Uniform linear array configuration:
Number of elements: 12
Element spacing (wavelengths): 1
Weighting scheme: kaiser
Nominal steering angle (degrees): -30
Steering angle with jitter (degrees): -30.558
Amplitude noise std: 0.05
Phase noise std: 0.05

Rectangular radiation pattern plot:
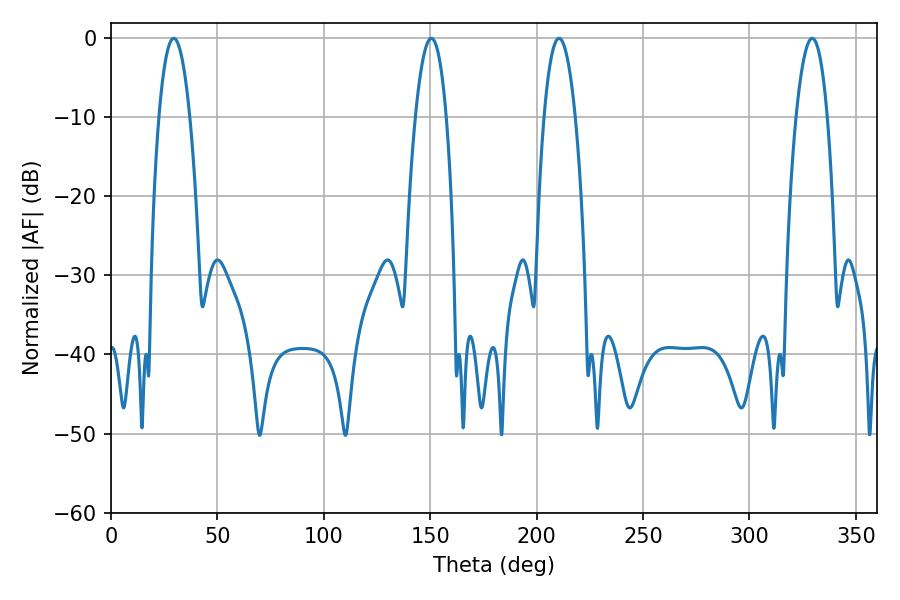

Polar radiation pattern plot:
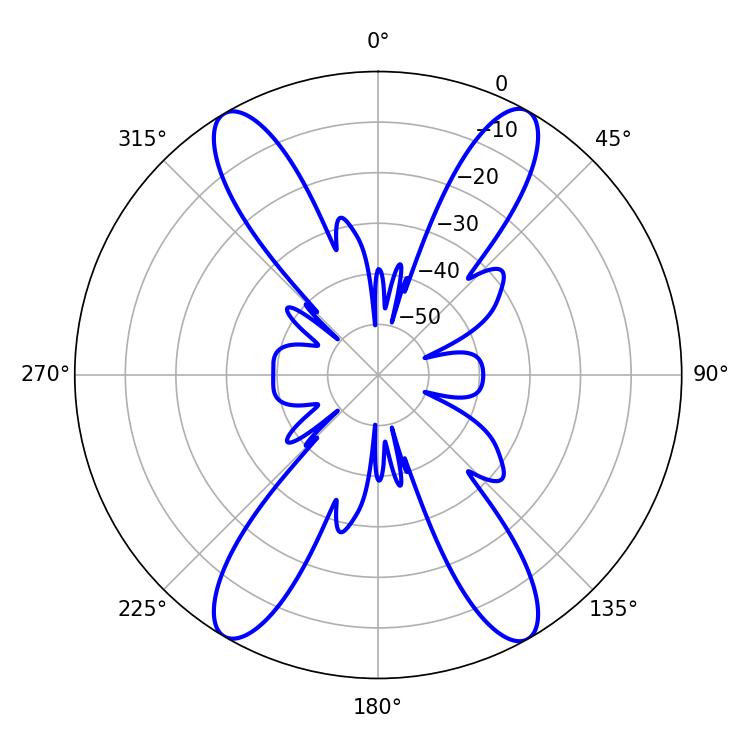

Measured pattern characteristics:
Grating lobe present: TRUE
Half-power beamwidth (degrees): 8.1
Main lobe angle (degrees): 29.52